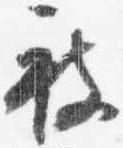
被